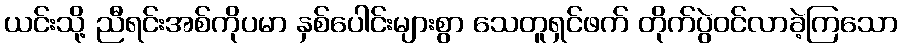
ယင်းသို့ ညီရင်းအစ်ကိုပမာ နှစ်ပေါင်းများစွာ သေတူရှင်ဖက် တိုက်ပွဲဝင်လာခဲ့ကြသော